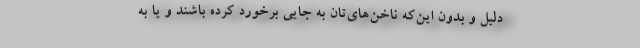
دلیل و بدون این‌که ناخن‌های‌تان به جایی برخورد کرده باشند و یا به